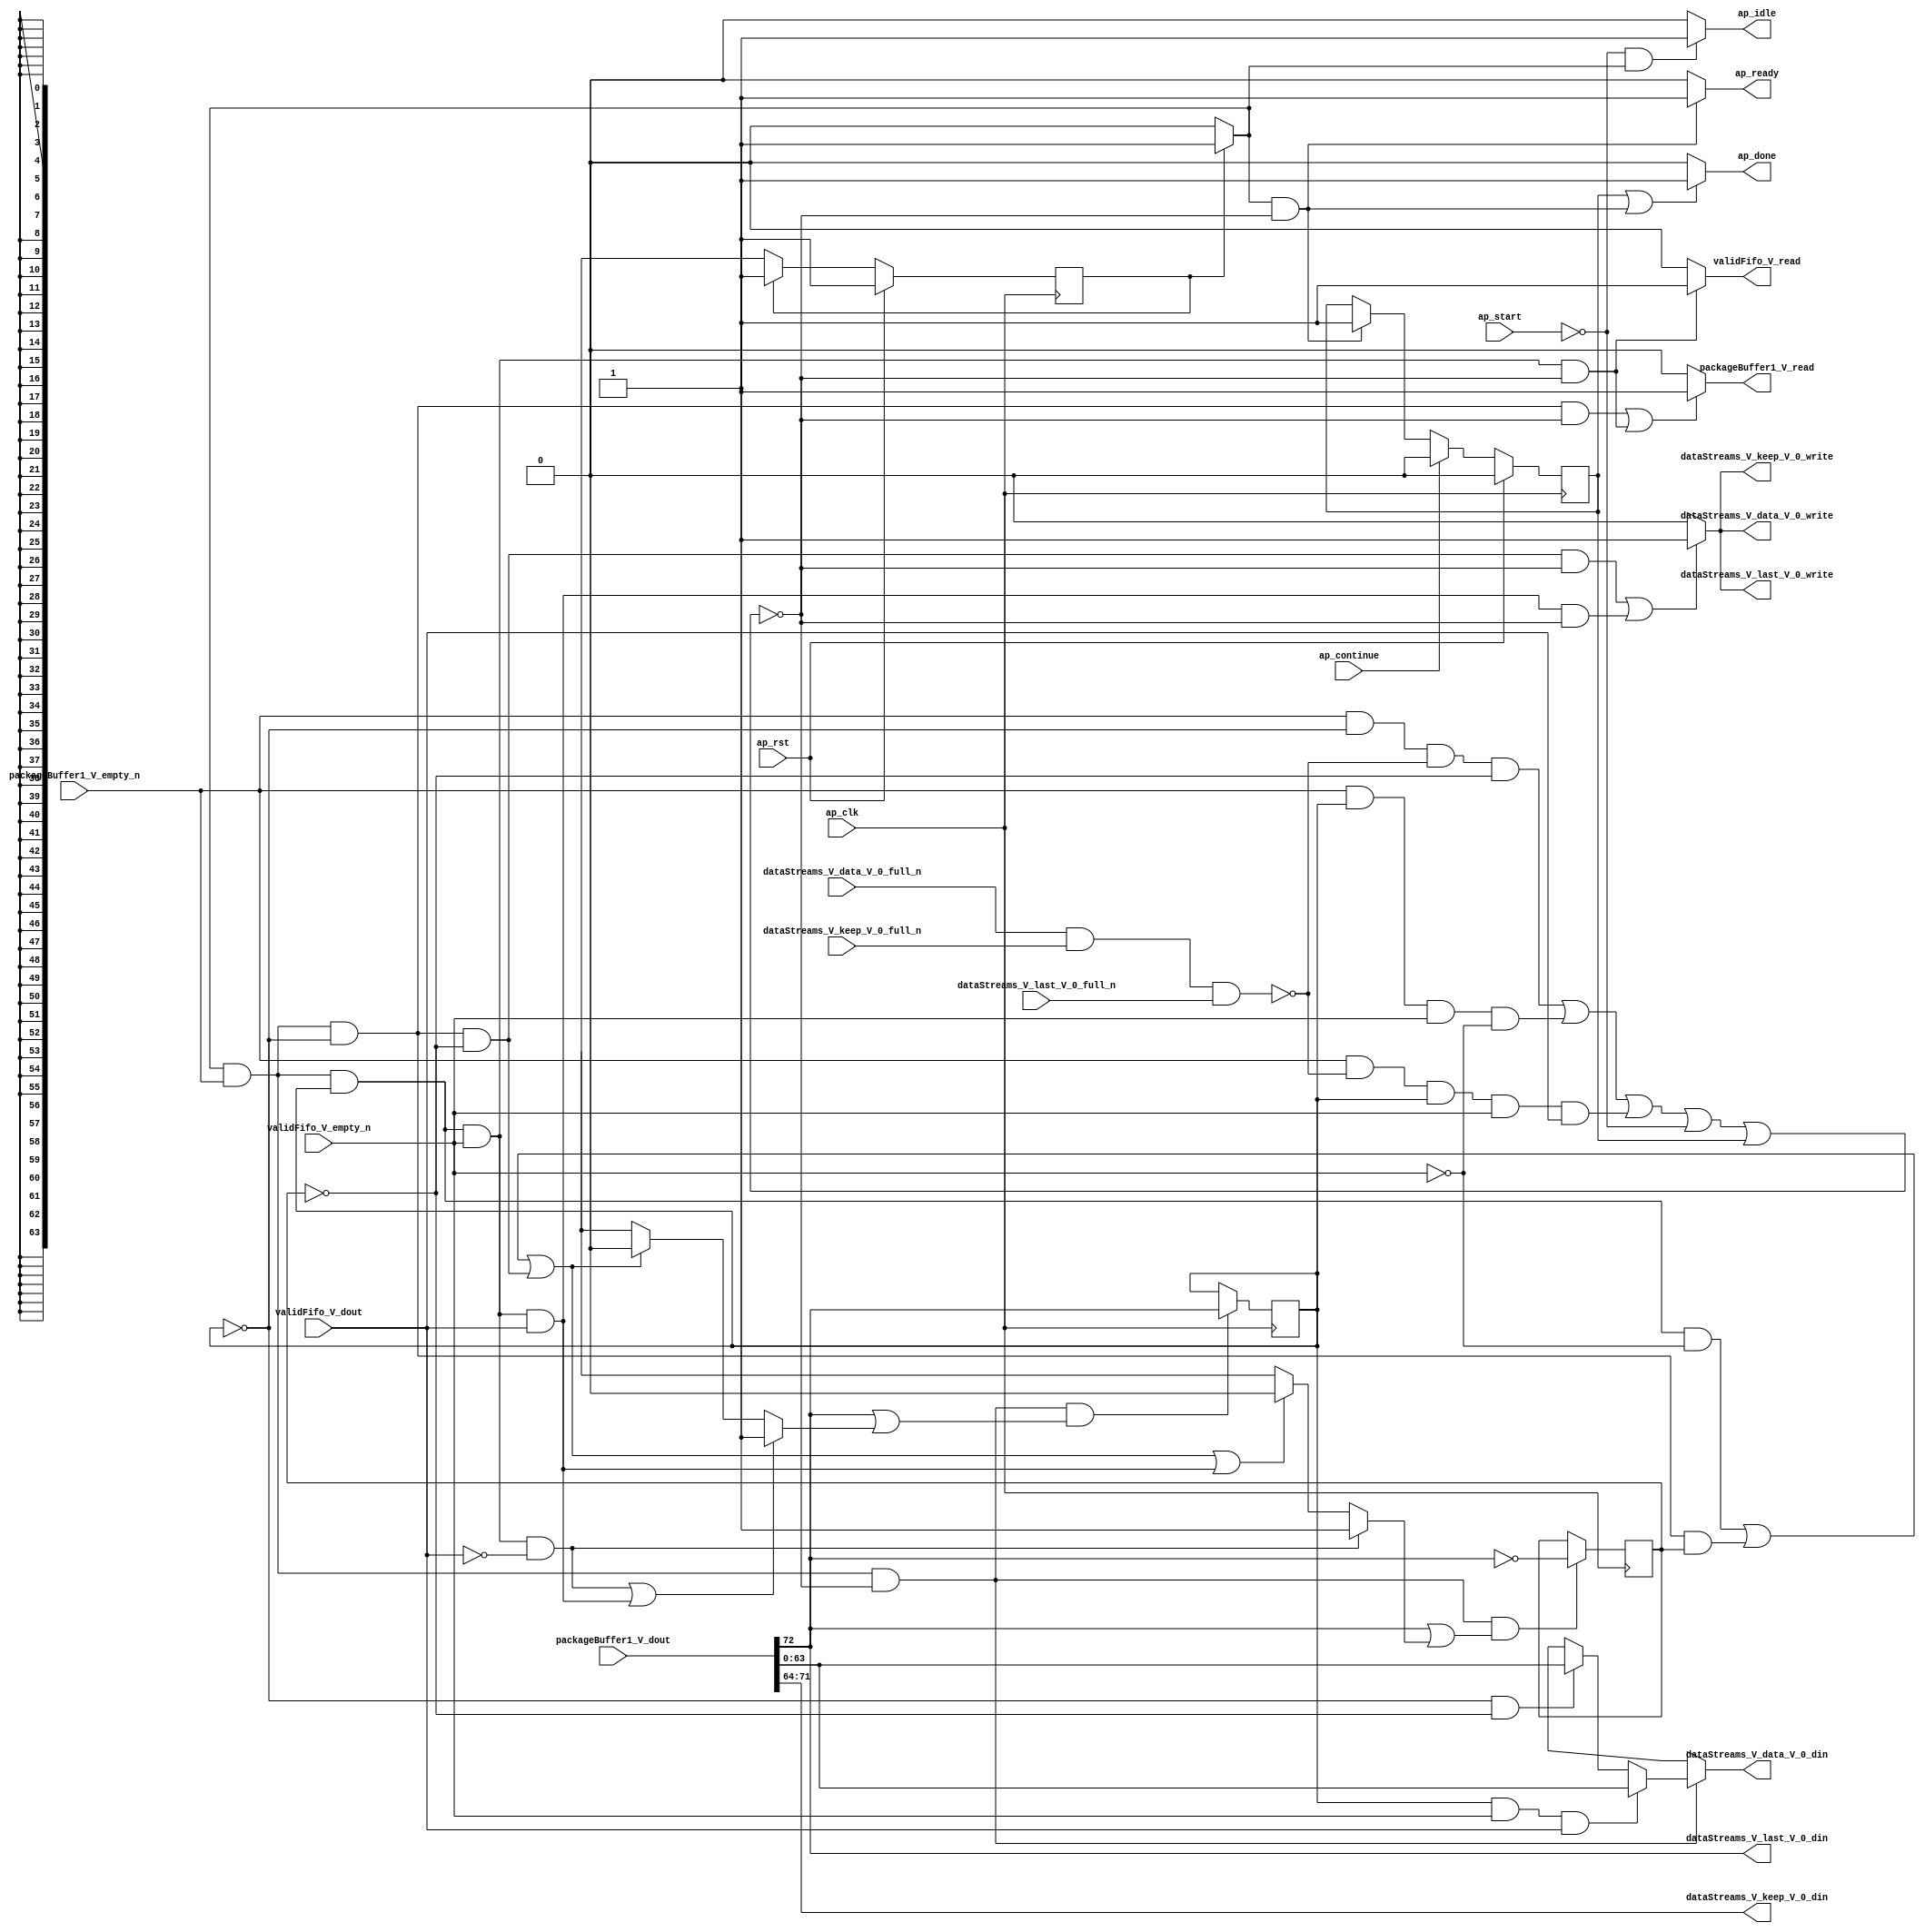
// This program was cloned from: https://github.com/mustafabbas/ECE1373_2016_hft_on_fpga
// License: MIT License

// ==============================================================
// RTL generated by Vivado(TM) HLS - High-Level Synthesis from C, C++ and SystemC
// Version: 2015.1
// Copyright (C) 2015 Xilinx Inc. All rights reserved.
// 
// ===========================================================

`timescale 1 ns / 1 ps 

module icmp_server_dropper (
        ap_clk,
        ap_rst,
        ap_start,
        ap_done,
        ap_continue,
        ap_idle,
        ap_ready,
        packageBuffer1_V_dout,
        packageBuffer1_V_empty_n,
        packageBuffer1_V_read,
        validFifo_V_dout,
        validFifo_V_empty_n,
        validFifo_V_read,
        dataStreams_V_data_V_0_din,
        dataStreams_V_data_V_0_full_n,
        dataStreams_V_data_V_0_write,
        dataStreams_V_keep_V_0_din,
        dataStreams_V_keep_V_0_full_n,
        dataStreams_V_keep_V_0_write,
        dataStreams_V_last_V_0_din,
        dataStreams_V_last_V_0_full_n,
        dataStreams_V_last_V_0_write
);

parameter    ap_const_logic_1 = 1'b1;
parameter    ap_const_logic_0 = 1'b0;
parameter    ap_ST_st1_fsm_0 = 1'b1;
parameter    ap_const_lv32_0 = 32'b00000000000000000000000000000000;
parameter    ap_const_lv1_1 = 1'b1;
parameter    ap_const_lv1_0 = 1'b0;
parameter    ap_const_lv32_40 = 32'b1000000;
parameter    ap_const_lv32_47 = 32'b1000111;
parameter    ap_const_lv32_48 = 32'b1001000;
parameter    ap_true = 1'b1;

input   ap_clk;
input   ap_rst;
input   ap_start;
output   ap_done;
input   ap_continue;
output   ap_idle;
output   ap_ready;
input  [72:0] packageBuffer1_V_dout;
input   packageBuffer1_V_empty_n;
output   packageBuffer1_V_read;
input  [0:0] validFifo_V_dout;
input   validFifo_V_empty_n;
output   validFifo_V_read;
output  [63:0] dataStreams_V_data_V_0_din;
input   dataStreams_V_data_V_0_full_n;
output   dataStreams_V_data_V_0_write;
output  [7:0] dataStreams_V_keep_V_0_din;
input   dataStreams_V_keep_V_0_full_n;
output   dataStreams_V_keep_V_0_write;
output  [0:0] dataStreams_V_last_V_0_din;
input   dataStreams_V_last_V_0_full_n;
output   dataStreams_V_last_V_0_write;

reg ap_done;
reg ap_idle;
reg ap_ready;
reg packageBuffer1_V_read;
reg validFifo_V_read;
reg[63:0] dataStreams_V_data_V_0_din;
reg    ap_done_reg = 1'b0;
(* fsm_encoding = "none" *) reg   [0:0] ap_CS_fsm = 1'b1;
reg    ap_sig_cseq_ST_st1_fsm_0;
reg    ap_sig_bdd_20;
reg   [0:0] d_isFirstWord = 1'b1;
reg   [0:0] d_drop = 1'b0;
reg   [0:0] d_isFirstWord_flag_phi_fu_118_p10;
wire   [0:0] tmp_nbreadreq_fu_74_p3;
wire    dataStreams_V_data_V_01_status;
wire   [0:0] tmp_6_nbreadreq_fu_101_p3;
reg    ap_sig_bdd_88;
reg   [0:0] d_drop_flag_1_phi_fu_138_p10;
wire   [0:0] grp_fu_183_p3;
reg    dataStreams_V_data_V_01_update;
wire   [63:0] tmp_data_V_fu_204_p1;
wire   [63:0] tmp_data_V_9_fu_209_p1;
wire   [0:0] p_d_isFirstWord_flag_fu_214_p2;
wire   [0:0] not_tmp_s_fu_226_p2;
wire   [0:0] p_d_drop_flag_1_fu_220_p2;
reg   [0:0] ap_NS_fsm;
reg    ap_sig_bdd_190;
reg    ap_sig_bdd_193;
reg    ap_sig_bdd_189;




/// the current state (ap_CS_fsm) of the state machine. ///
always @ (posedge ap_clk)
begin : ap_ret_ap_CS_fsm
    if (ap_rst == 1'b1) begin
        ap_CS_fsm <= ap_ST_st1_fsm_0;
    end else begin
        ap_CS_fsm <= ap_NS_fsm;
    end
end

/// ap_done_reg assign process. ///
always @ (posedge ap_clk)
begin : ap_ret_ap_done_reg
    if (ap_rst == 1'b1) begin
        ap_done_reg <= ap_const_logic_0;
    end else begin
        if ((ap_const_logic_1 == ap_continue)) begin
            ap_done_reg <= ap_const_logic_0;
        end else if (((ap_const_logic_1 == ap_sig_cseq_ST_st1_fsm_0) & ~ap_sig_bdd_88)) begin
            ap_done_reg <= ap_const_logic_1;
        end
    end
end

/// assign process. ///
always @(posedge ap_clk)
begin
    if (((ap_const_logic_1 == ap_sig_cseq_ST_st1_fsm_0) & ~(ap_const_lv1_0 == tmp_nbreadreq_fu_74_p3) & ~ap_sig_bdd_88 & ~(ap_const_lv1_0 == p_d_drop_flag_1_fu_220_p2))) begin
        d_drop <= not_tmp_s_fu_226_p2;
    end
end

/// assign process. ///
always @(posedge ap_clk)
begin
    if (((ap_const_logic_1 == ap_sig_cseq_ST_st1_fsm_0) & ~(ap_const_lv1_0 == tmp_nbreadreq_fu_74_p3) & ~ap_sig_bdd_88 & ~(ap_const_lv1_0 == p_d_isFirstWord_flag_fu_214_p2))) begin
        d_isFirstWord <= packageBuffer1_V_dout[ap_const_lv32_48];
    end
end

/// ap_done assign process. ///
always @ (ap_done_reg or ap_sig_cseq_ST_st1_fsm_0 or ap_sig_bdd_88)
begin
    if (((ap_const_logic_1 == ap_done_reg) | ((ap_const_logic_1 == ap_sig_cseq_ST_st1_fsm_0) & ~ap_sig_bdd_88))) begin
        ap_done = ap_const_logic_1;
    end else begin
        ap_done = ap_const_logic_0;
    end
end

/// ap_idle assign process. ///
always @ (ap_start or ap_sig_cseq_ST_st1_fsm_0)
begin
    if ((~(ap_const_logic_1 == ap_start) & (ap_const_logic_1 == ap_sig_cseq_ST_st1_fsm_0))) begin
        ap_idle = ap_const_logic_1;
    end else begin
        ap_idle = ap_const_logic_0;
    end
end

/// ap_ready assign process. ///
always @ (ap_sig_cseq_ST_st1_fsm_0 or ap_sig_bdd_88)
begin
    if (((ap_const_logic_1 == ap_sig_cseq_ST_st1_fsm_0) & ~ap_sig_bdd_88)) begin
        ap_ready = ap_const_logic_1;
    end else begin
        ap_ready = ap_const_logic_0;
    end
end

/// ap_sig_cseq_ST_st1_fsm_0 assign process. ///
always @ (ap_sig_bdd_20)
begin
    if (ap_sig_bdd_20) begin
        ap_sig_cseq_ST_st1_fsm_0 = ap_const_logic_1;
    end else begin
        ap_sig_cseq_ST_st1_fsm_0 = ap_const_logic_0;
    end
end

/// d_drop_flag_1_phi_fu_138_p10 assign process. ///
always @ (ap_sig_cseq_ST_st1_fsm_0 or d_isFirstWord or d_drop or validFifo_V_dout or tmp_nbreadreq_fu_74_p3 or tmp_6_nbreadreq_fu_101_p3)
begin
    if (((ap_const_logic_1 == ap_sig_cseq_ST_st1_fsm_0) & ~(ap_const_lv1_0 == tmp_nbreadreq_fu_74_p3) & ~(ap_const_lv1_0 == d_isFirstWord) & ~(ap_const_lv1_0 == tmp_6_nbreadreq_fu_101_p3) & (ap_const_lv1_0 == validFifo_V_dout))) begin
        d_drop_flag_1_phi_fu_138_p10 = ap_const_lv1_1;
    end else if ((((ap_const_logic_1 == ap_sig_cseq_ST_st1_fsm_0) & ~(ap_const_lv1_0 == tmp_nbreadreq_fu_74_p3) & ~(ap_const_lv1_0 == d_isFirstWord) & (ap_const_lv1_0 == tmp_6_nbreadreq_fu_101_p3)) | ((ap_const_logic_1 == ap_sig_cseq_ST_st1_fsm_0) & ~(ap_const_lv1_0 == tmp_nbreadreq_fu_74_p3) & (ap_const_lv1_0 == d_isFirstWord) & ~(ap_const_lv1_0 == d_drop)) | ((ap_const_logic_1 == ap_sig_cseq_ST_st1_fsm_0) & ~(ap_const_lv1_0 == tmp_nbreadreq_fu_74_p3) & (ap_const_lv1_0 == d_isFirstWord) & (ap_const_lv1_0 == d_drop)) | ((ap_const_logic_1 == ap_sig_cseq_ST_st1_fsm_0) & ~(ap_const_lv1_0 == tmp_nbreadreq_fu_74_p3) & ~(ap_const_lv1_0 == d_isFirstWord) & ~(ap_const_lv1_0 == tmp_6_nbreadreq_fu_101_p3) & ~(ap_const_lv1_0 == validFifo_V_dout)))) begin
        d_drop_flag_1_phi_fu_138_p10 = ap_const_lv1_0;
    end else begin
        d_drop_flag_1_phi_fu_138_p10 = 'bx;
    end
end

/// d_isFirstWord_flag_phi_fu_118_p10 assign process. ///
always @ (ap_sig_cseq_ST_st1_fsm_0 or d_isFirstWord or d_drop or validFifo_V_dout or tmp_nbreadreq_fu_74_p3 or tmp_6_nbreadreq_fu_101_p3)
begin
    if ((((ap_const_logic_1 == ap_sig_cseq_ST_st1_fsm_0) & ~(ap_const_lv1_0 == tmp_nbreadreq_fu_74_p3) & ~(ap_const_lv1_0 == d_isFirstWord) & ~(ap_const_lv1_0 == tmp_6_nbreadreq_fu_101_p3) & (ap_const_lv1_0 == validFifo_V_dout)) | ((ap_const_logic_1 == ap_sig_cseq_ST_st1_fsm_0) & ~(ap_const_lv1_0 == tmp_nbreadreq_fu_74_p3) & ~(ap_const_lv1_0 == d_isFirstWord) & ~(ap_const_lv1_0 == tmp_6_nbreadreq_fu_101_p3) & ~(ap_const_lv1_0 == validFifo_V_dout)))) begin
        d_isFirstWord_flag_phi_fu_118_p10 = ap_const_lv1_1;
    end else if ((((ap_const_logic_1 == ap_sig_cseq_ST_st1_fsm_0) & ~(ap_const_lv1_0 == tmp_nbreadreq_fu_74_p3) & ~(ap_const_lv1_0 == d_isFirstWord) & (ap_const_lv1_0 == tmp_6_nbreadreq_fu_101_p3)) | ((ap_const_logic_1 == ap_sig_cseq_ST_st1_fsm_0) & ~(ap_const_lv1_0 == tmp_nbreadreq_fu_74_p3) & (ap_const_lv1_0 == d_isFirstWord) & ~(ap_const_lv1_0 == d_drop)) | ((ap_const_logic_1 == ap_sig_cseq_ST_st1_fsm_0) & ~(ap_const_lv1_0 == tmp_nbreadreq_fu_74_p3) & (ap_const_lv1_0 == d_isFirstWord) & (ap_const_lv1_0 == d_drop)))) begin
        d_isFirstWord_flag_phi_fu_118_p10 = ap_const_lv1_0;
    end else begin
        d_isFirstWord_flag_phi_fu_118_p10 = 'bx;
    end
end

/// dataStreams_V_data_V_01_update assign process. ///
always @ (ap_sig_cseq_ST_st1_fsm_0 or d_isFirstWord or d_drop or validFifo_V_dout or tmp_nbreadreq_fu_74_p3 or tmp_6_nbreadreq_fu_101_p3 or ap_sig_bdd_88)
begin
    if ((((ap_const_logic_1 == ap_sig_cseq_ST_st1_fsm_0) & ~(ap_const_lv1_0 == tmp_nbreadreq_fu_74_p3) & (ap_const_lv1_0 == d_isFirstWord) & (ap_const_lv1_0 == d_drop) & ~ap_sig_bdd_88) | ((ap_const_logic_1 == ap_sig_cseq_ST_st1_fsm_0) & ~(ap_const_lv1_0 == tmp_nbreadreq_fu_74_p3) & ~(ap_const_lv1_0 == d_isFirstWord) & ~(ap_const_lv1_0 == tmp_6_nbreadreq_fu_101_p3) & ~(ap_const_lv1_0 == validFifo_V_dout) & ~ap_sig_bdd_88))) begin
        dataStreams_V_data_V_01_update = ap_const_logic_1;
    end else begin
        dataStreams_V_data_V_01_update = ap_const_logic_0;
    end
end

/// dataStreams_V_data_V_0_din assign process. ///
always @ (tmp_data_V_fu_204_p1 or tmp_data_V_9_fu_209_p1 or ap_sig_bdd_190 or ap_sig_bdd_193 or ap_sig_bdd_189)
begin
    if (ap_sig_bdd_189) begin
        if (ap_sig_bdd_193) begin
            dataStreams_V_data_V_0_din = tmp_data_V_9_fu_209_p1;
        end else if (ap_sig_bdd_190) begin
            dataStreams_V_data_V_0_din = tmp_data_V_fu_204_p1;
        end else begin
            dataStreams_V_data_V_0_din = 'bx;
        end
    end else begin
        dataStreams_V_data_V_0_din = 'bx;
    end
end

/// packageBuffer1_V_read assign process. ///
always @ (ap_sig_cseq_ST_st1_fsm_0 or d_isFirstWord or tmp_nbreadreq_fu_74_p3 or tmp_6_nbreadreq_fu_101_p3 or ap_sig_bdd_88)
begin
    if ((((ap_const_logic_1 == ap_sig_cseq_ST_st1_fsm_0) & ~(ap_const_lv1_0 == tmp_nbreadreq_fu_74_p3) & (ap_const_lv1_0 == d_isFirstWord) & ~ap_sig_bdd_88) | ((ap_const_logic_1 == ap_sig_cseq_ST_st1_fsm_0) & ~(ap_const_lv1_0 == tmp_nbreadreq_fu_74_p3) & ~(ap_const_lv1_0 == d_isFirstWord) & ~(ap_const_lv1_0 == tmp_6_nbreadreq_fu_101_p3) & ~ap_sig_bdd_88))) begin
        packageBuffer1_V_read = ap_const_logic_1;
    end else begin
        packageBuffer1_V_read = ap_const_logic_0;
    end
end

/// validFifo_V_read assign process. ///
always @ (ap_sig_cseq_ST_st1_fsm_0 or d_isFirstWord or tmp_nbreadreq_fu_74_p3 or tmp_6_nbreadreq_fu_101_p3 or ap_sig_bdd_88)
begin
    if (((ap_const_logic_1 == ap_sig_cseq_ST_st1_fsm_0) & ~(ap_const_lv1_0 == tmp_nbreadreq_fu_74_p3) & ~(ap_const_lv1_0 == d_isFirstWord) & ~(ap_const_lv1_0 == tmp_6_nbreadreq_fu_101_p3) & ~ap_sig_bdd_88)) begin
        validFifo_V_read = ap_const_logic_1;
    end else begin
        validFifo_V_read = ap_const_logic_0;
    end
end
/// the next state (ap_NS_fsm) of the state machine. ///
always @ (ap_CS_fsm or ap_sig_bdd_88)
begin
    case (ap_CS_fsm)
        ap_ST_st1_fsm_0 : 
        begin
            ap_NS_fsm = ap_ST_st1_fsm_0;
        end
        default : 
        begin
            ap_NS_fsm = 'bx;
        end
    endcase
end


/// ap_sig_bdd_189 assign process. ///
always @ (ap_sig_cseq_ST_st1_fsm_0 or tmp_nbreadreq_fu_74_p3 or ap_sig_bdd_88)
begin
    ap_sig_bdd_189 = ((ap_const_logic_1 == ap_sig_cseq_ST_st1_fsm_0) & ~(ap_const_lv1_0 == tmp_nbreadreq_fu_74_p3) & ~ap_sig_bdd_88);
end

/// ap_sig_bdd_190 assign process. ///
always @ (d_isFirstWord or d_drop)
begin
    ap_sig_bdd_190 = ((ap_const_lv1_0 == d_isFirstWord) & (ap_const_lv1_0 == d_drop));
end

/// ap_sig_bdd_193 assign process. ///
always @ (d_isFirstWord or validFifo_V_dout or tmp_6_nbreadreq_fu_101_p3)
begin
    ap_sig_bdd_193 = (~(ap_const_lv1_0 == d_isFirstWord) & ~(ap_const_lv1_0 == tmp_6_nbreadreq_fu_101_p3) & ~(ap_const_lv1_0 == validFifo_V_dout));
end

/// ap_sig_bdd_20 assign process. ///
always @ (ap_CS_fsm)
begin
    ap_sig_bdd_20 = (ap_CS_fsm[ap_const_lv32_0] == ap_const_lv1_1);
end

/// ap_sig_bdd_88 assign process. ///
always @ (ap_start or ap_done_reg or packageBuffer1_V_empty_n or d_isFirstWord or d_drop or validFifo_V_dout or validFifo_V_empty_n or tmp_nbreadreq_fu_74_p3 or dataStreams_V_data_V_01_status or tmp_6_nbreadreq_fu_101_p3)
begin
    ap_sig_bdd_88 = (((packageBuffer1_V_empty_n == ap_const_logic_0) & ~(ap_const_lv1_0 == tmp_nbreadreq_fu_74_p3) & (ap_const_lv1_0 == d_isFirstWord)) | (~(ap_const_lv1_0 == tmp_nbreadreq_fu_74_p3) & (ap_const_lv1_0 == d_isFirstWord) & (dataStreams_V_data_V_01_status == ap_const_logic_0) & (ap_const_lv1_0 == d_drop)) | ((packageBuffer1_V_empty_n == ap_const_logic_0) & ~(ap_const_lv1_0 == tmp_nbreadreq_fu_74_p3) & ~(ap_const_lv1_0 == d_isFirstWord) & ~(ap_const_lv1_0 == tmp_6_nbreadreq_fu_101_p3)) | (~(ap_const_lv1_0 == tmp_nbreadreq_fu_74_p3) & ~(ap_const_lv1_0 == d_isFirstWord) & ~(ap_const_lv1_0 == tmp_6_nbreadreq_fu_101_p3) & (validFifo_V_empty_n == ap_const_logic_0)) | (~(ap_const_lv1_0 == tmp_nbreadreq_fu_74_p3) & (dataStreams_V_data_V_01_status == ap_const_logic_0) & ~(ap_const_lv1_0 == d_isFirstWord) & ~(ap_const_lv1_0 == tmp_6_nbreadreq_fu_101_p3) & ~(ap_const_lv1_0 == validFifo_V_dout)) | (ap_start == ap_const_logic_0) | (ap_done_reg == ap_const_logic_1));
end
assign dataStreams_V_data_V_01_status = (dataStreams_V_data_V_0_full_n & dataStreams_V_keep_V_0_full_n & dataStreams_V_last_V_0_full_n);
assign dataStreams_V_data_V_0_write = dataStreams_V_data_V_01_update;
assign dataStreams_V_keep_V_0_din = {{packageBuffer1_V_dout[ap_const_lv32_47 : ap_const_lv32_40]}};
assign dataStreams_V_keep_V_0_write = dataStreams_V_data_V_01_update;
assign dataStreams_V_last_V_0_din = grp_fu_183_p3;
assign dataStreams_V_last_V_0_write = dataStreams_V_data_V_01_update;
assign grp_fu_183_p3 = packageBuffer1_V_dout[ap_const_lv32_48];
assign not_tmp_s_fu_226_p2 = (grp_fu_183_p3 ^ ap_const_lv1_1);
assign p_d_drop_flag_1_fu_220_p2 = (grp_fu_183_p3 | d_drop_flag_1_phi_fu_138_p10);
assign p_d_isFirstWord_flag_fu_214_p2 = (grp_fu_183_p3 | d_isFirstWord_flag_phi_fu_118_p10);
assign tmp_6_nbreadreq_fu_101_p3 = validFifo_V_empty_n;
assign tmp_data_V_9_fu_209_p1 = packageBuffer1_V_dout[63:0];
assign tmp_data_V_fu_204_p1 = packageBuffer1_V_dout[63:0];
assign tmp_nbreadreq_fu_74_p3 = packageBuffer1_V_empty_n;


endmodule //icmp_server_dropper